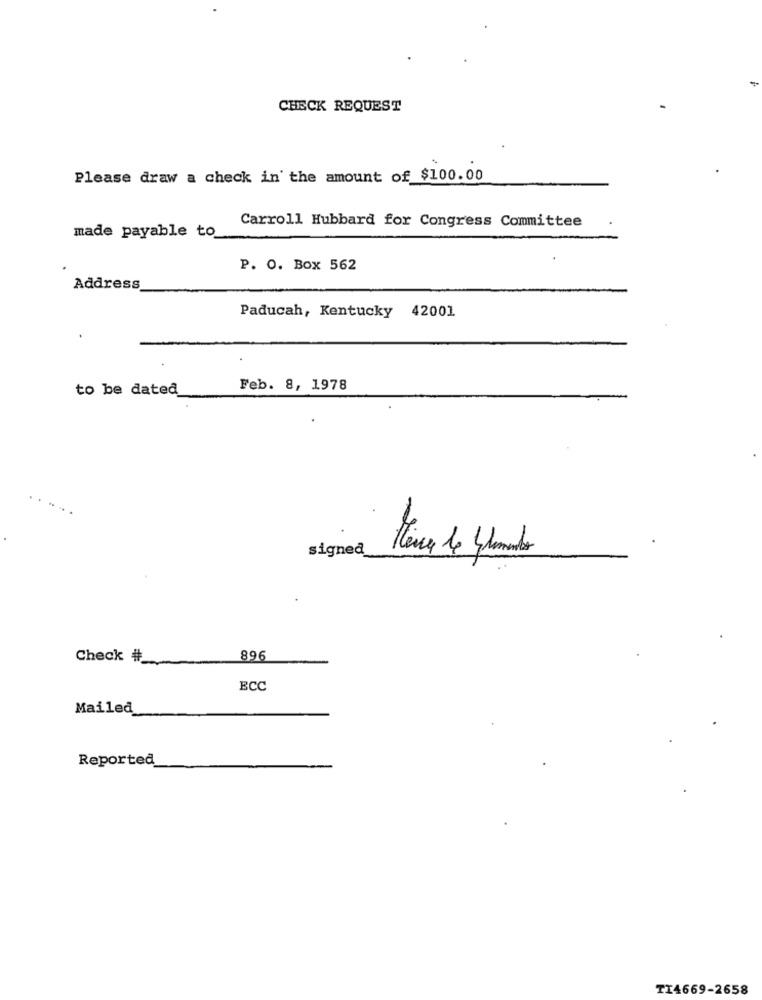
CHECK REQUEST
Please draw a check in' the amount of $100.00
made payable to
Carroll Hubbard for Congress Committee
P. O. Box 562
Address
Paducah, Kentucky 42001
to be dated
Feb. 8, 1978
..
signed
Check #_
896
ECC
Mailed
Reported
TI4669-2658